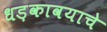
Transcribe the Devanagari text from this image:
धड़कावयाचे